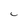
Character: C